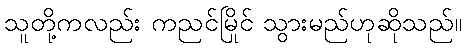
သူတို့ကလည်း ကညင်မြိုင် သွားမည်ဟုဆိုသည်။